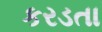
કરડતા